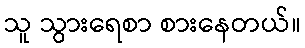
သူ သွားရေစာ စားနေတယ်။